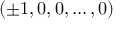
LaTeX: ( \pm 1 , 0 , 0 , \dots , 0 )